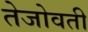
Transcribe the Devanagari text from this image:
तेजोवती